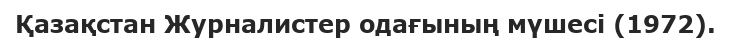
Қазақстан Журналистер одағының мүшесі (1972).